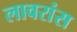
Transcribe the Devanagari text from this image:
लावरांस